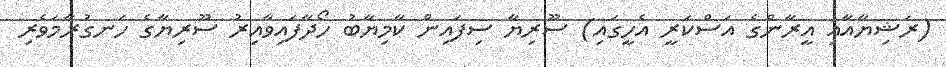
(ރަޝިޔާއާއި އީރާންގެ އަސްކަރީ އެހީގައި) ސޫރިޔާ ސިފައިން ކާމިޔާބު ހޯދާފައިވާއިރު ސޫރިޔާގެ ހަނގުރާމަވެރި